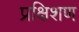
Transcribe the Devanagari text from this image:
प्रक्षिशण